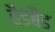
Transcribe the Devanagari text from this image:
हैडबैंड